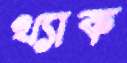
থ্যাক